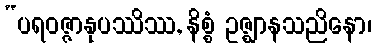
“ပရဝဇ္ဇာနုပဿိဿ, နိစ္စံ ဥဇ္ဈာနသညိနော၊